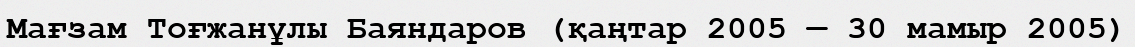
Мағзам Тоғжанұлы Баяндаров (қаңтар 2005 — 30 мамыр 2005)